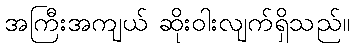
အကြီးအကျယ် ဆိုးဝါးလျက်ရှိသည်။